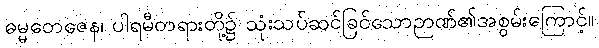
ဓမ္မတေဇေန၊ ပါရမီတရားတို့၌ သုံးသပ်ဆင်ခြင်သောဉာဏ်၏အစွမ်းကြောင့်။